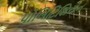
પોલિટિશિયન